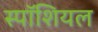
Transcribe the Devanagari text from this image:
स्पॉशियल